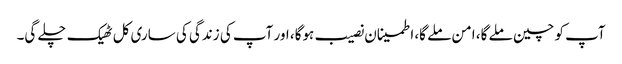
آپ کو چین ملے گا، امن ملے گا، اطمینان نصیب ہوگا، اور آپ کی زندگی کی ساری کل ٹھیک چلے گی۔